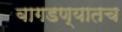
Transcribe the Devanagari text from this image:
बागडण्यातच